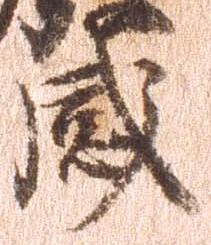
感